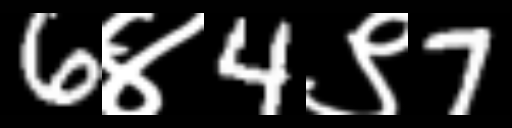
Text: 6४4९7